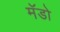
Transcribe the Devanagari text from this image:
मॅडो